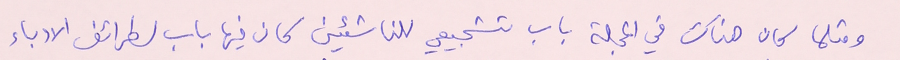
ومثلما كان هناك في المجلة باب تشجيعي للناشئين كان فيها باب لطرائف الادباء